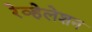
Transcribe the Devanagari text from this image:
रेव्हेलेशन